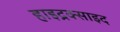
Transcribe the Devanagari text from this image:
हाइद्रक्साइद